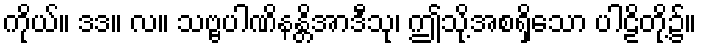
ကိုယ်။ ဒဒ။ လ။ သဗ္ဗပါဏိနန္တိအာဒီသု၊ ဤသို့အစရှိသော ပါဠိတို့၌။